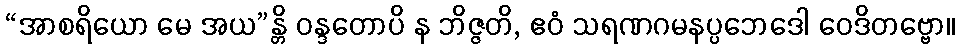
“အာစရိယော မေ အယ”န္တိ ဝန္ဒတောပိ န ဘိဇ္ဇတိ, ဧဝံ သရဏဂမနပ္ပဘေဒေါ ဝေဒိတဗ္ဗော။